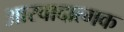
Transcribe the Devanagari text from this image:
आस्वादात्मक